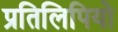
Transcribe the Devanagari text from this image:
प्रतिलिपियो